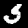
Digit: 5